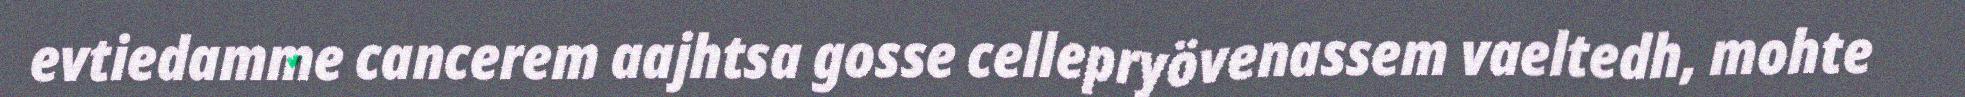
evtiedamme cancerem aajhtsa gosse cellepryövenassem vaeltedh, mohte